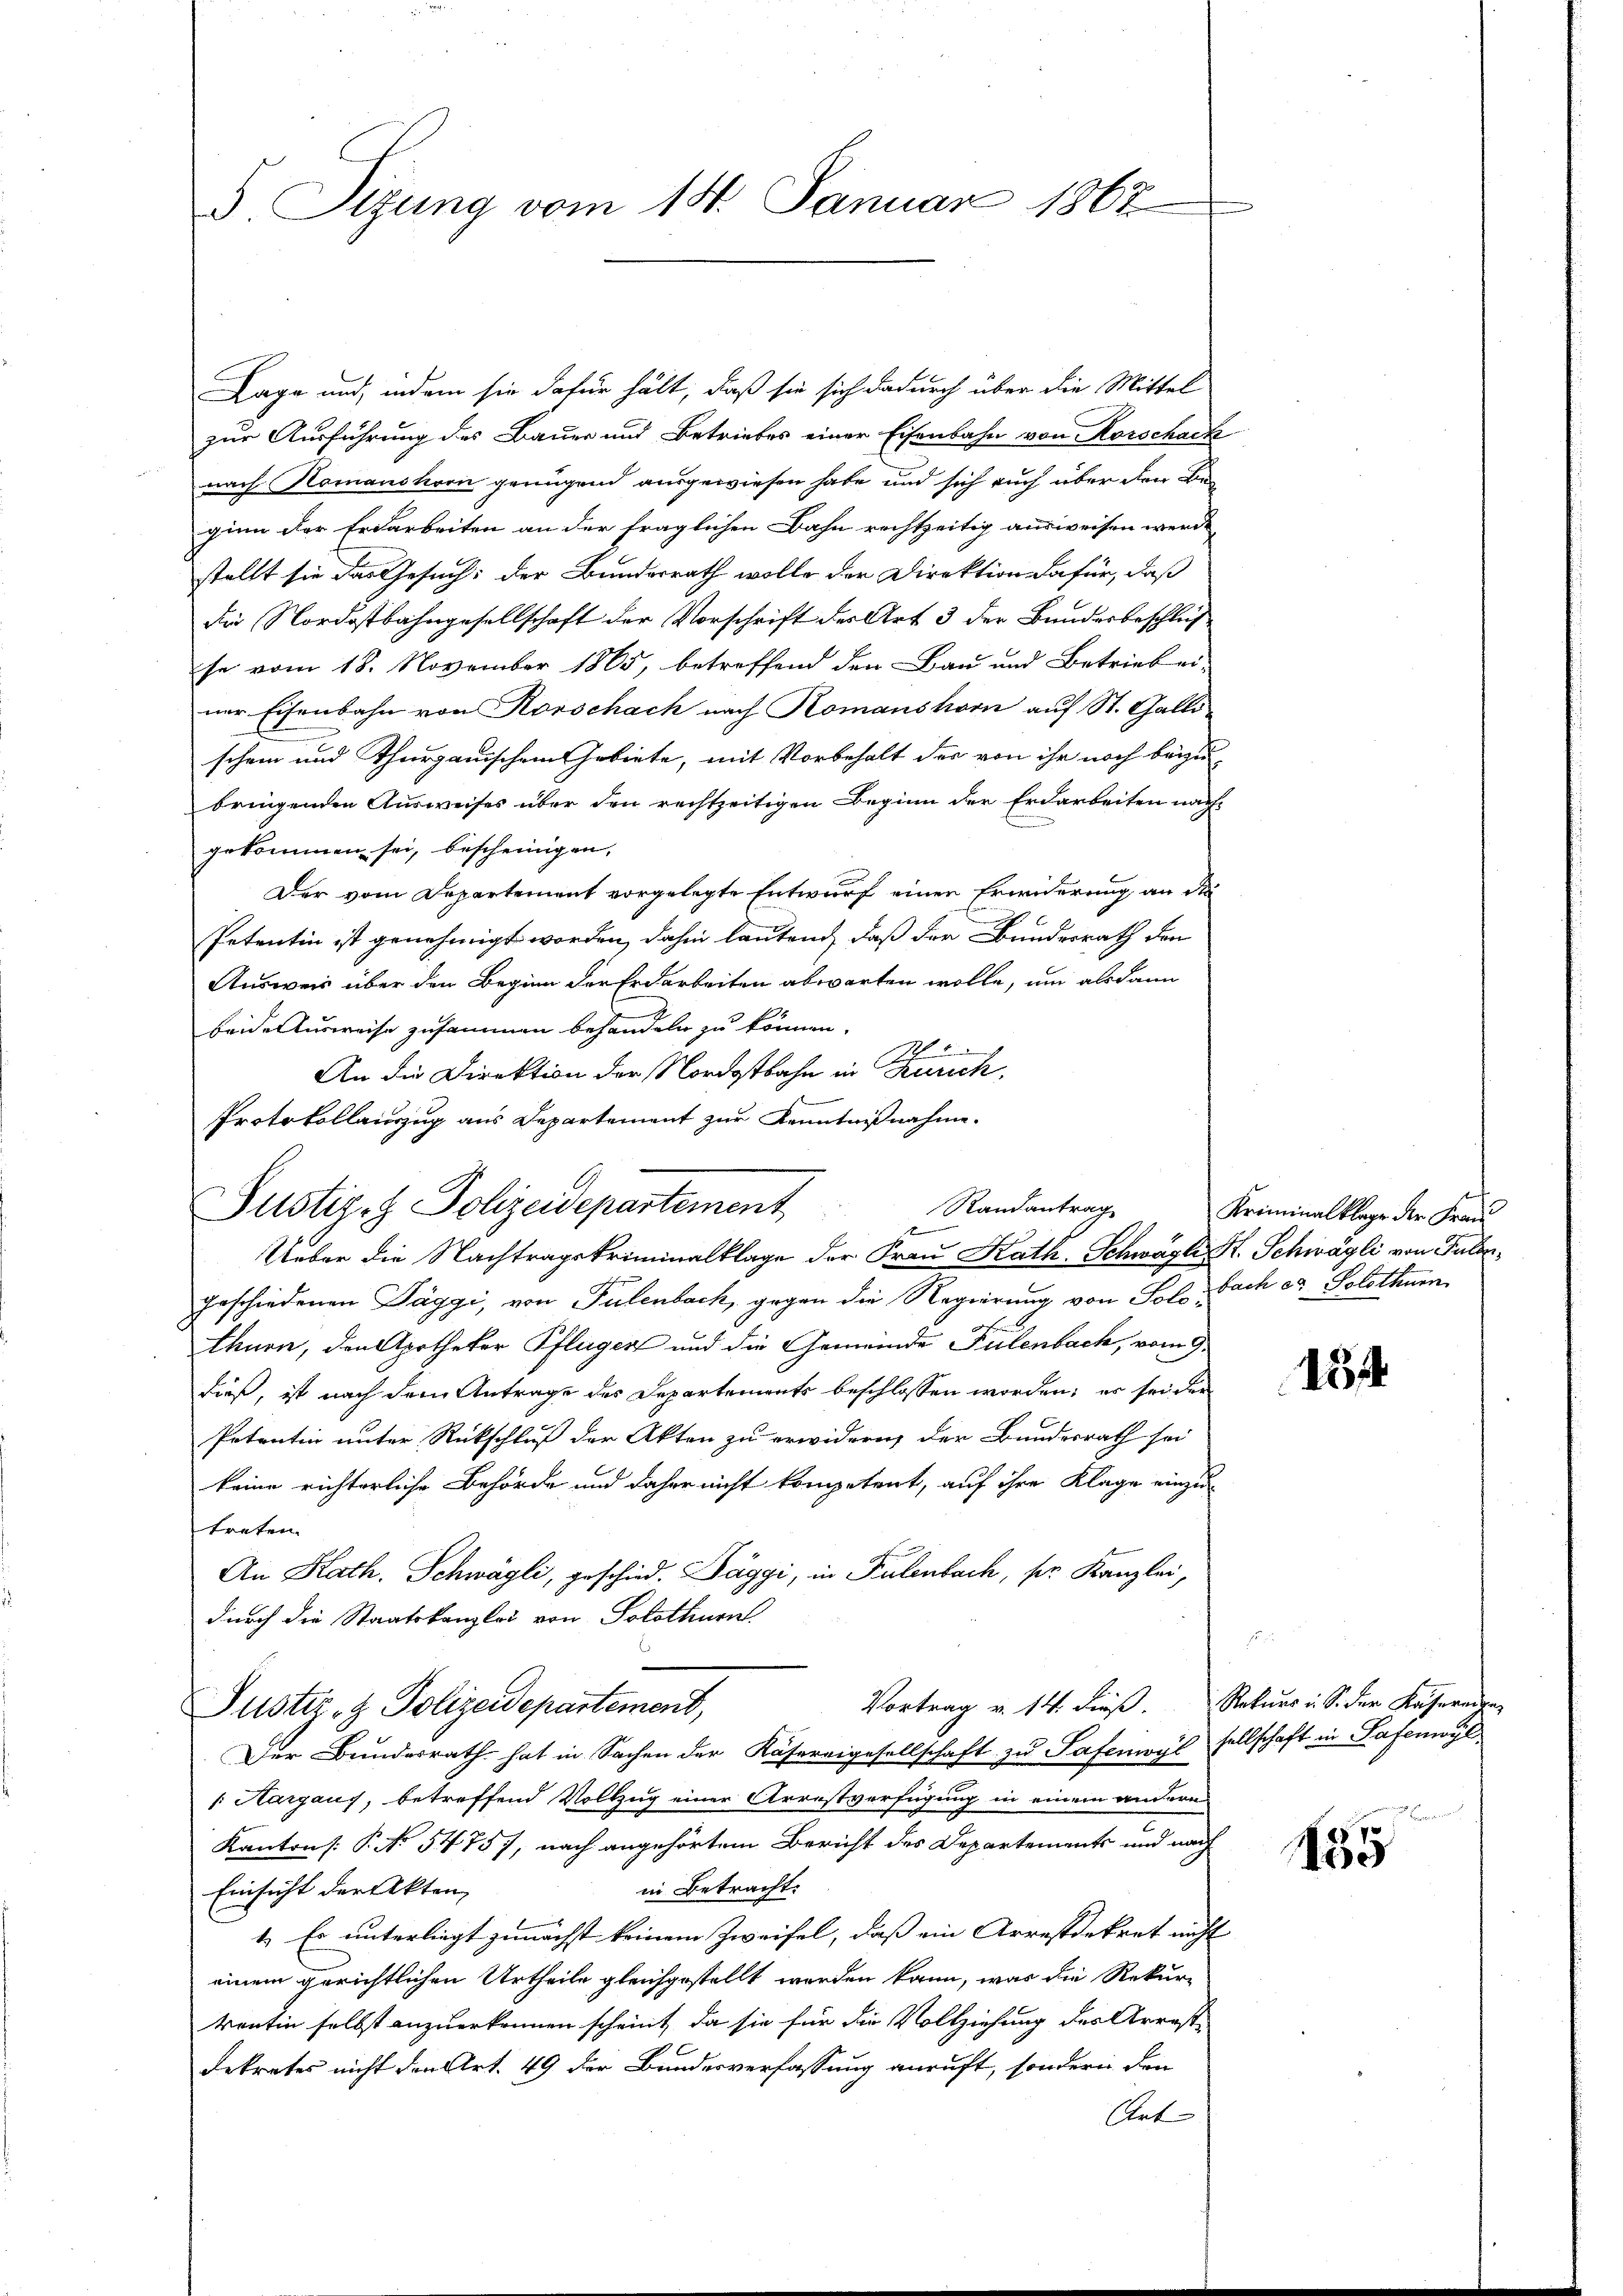
S. Tizung vom 14. Januar 1867

Lage und, indem sie dafür hält, daß sie sich dadurch über die Mittel
zur Ausführung des Bauer und Betriebes einer Eisenbahn von Korschack
nach Komanshorn genügend ausgewiesen habe und sich auch über den Beginn der Erdarbeiten an der fraglichen Bahn rechtzeitig ausweisen werde,
stellt sie das Gesuch: der Bundesrath wolle der Direktion dafür, daß
die Nordostbahngesellschaft der Vorschrift des Art 3 der Bundesbeschluß
se vom 18. November 1865, betreffend den Bau und Betrieb ei-
ner Eisenbahn von Rorschach nach Komanshorn aŭf St. Galli
schein und Thurgauischem Gebiete, mit Vorbehalt der von ihr noch beyzubringenden Ausweises über den rechtzeitigen Beginn der Erdarbeiten nach
gekommen sei, bescheinigen,
Der vom Departement vorgelegte Entwurf einen Erwiderung an die
Petentin ist genehmigt worden, dahin lautend, daß der Bundesrath den
Ausweis über den Beginn der Erdarbeiten abwarten wolle, um als dann
beide Ausweise zusammen behandeln zu können.
Ph
An die Direktion der Nordostbahn in Zürich,
Ueber die Nachtragskriminalklage der Frau Kath. Schwagli S. Schwägli von Tulongeschiedenen Täggi, von Pulenbach, gegen die Regierung von Solothurn, den Apotheker Pflügen und die Gemeinde Pulenbach, vom 9.
dieß, ist nach dem Antrage des Departements beschlossen worden; er sei der
Petentin unter Rückschluß der Akten zu erwidern, der Bundesrath sei
keine richterliche Behörde und daher nicht kompetent, auf ihre Klage einzutreten.
An Kath. Schwägli, geschied. Daggi, in Pulenbach, sr Kanzlei,
durch die Staatskanzlei von Solothurn
Vortrag v. 14. dieß. Rekurs u. S. der Kasereite
Justiz- & Polizeidepartement,
Der Bundesrath hat in Sachen der Käsereigesellschaft zu Tafemoys sellschaft in Patenwyl
[ Aargaus, betreffend Vollzug einer Arrestverfügung in einem andern
Kanton P. No 5475), nach angehörtem Bericht des Departements und nach
in Betracht.
Einsicht der Akten,
1.) Es unterliegt zunächst keinem Zweifel, daß ein Arrestdekret nicht
einem gerichtlichen Urtheile gleichgestellt worden kann, was die Rekur-
kentin selbst anzuerkennen scheint, da sie für die Vollziehung des Arrest-
dekrates nicht den Art. 49 der Bundesverfassung anruft, sondern den
Art

Protokollairzug aus Departement zur Kenntnißnahme.
Justiz-G Jolizeidepartement

Randantrag
e

Kriminalklage der Frau
bach ad Solothurn

.

154

155